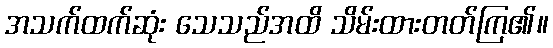
အသက်ထက်ဆုံး သေသည်အထိ သိမ်းထားတတ်ကြ၏။